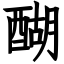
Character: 醐